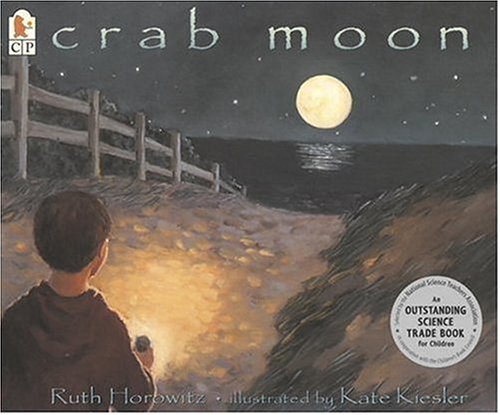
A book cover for Crab Moon (Read and Wonder); Ruth Horowitz; Children's Books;